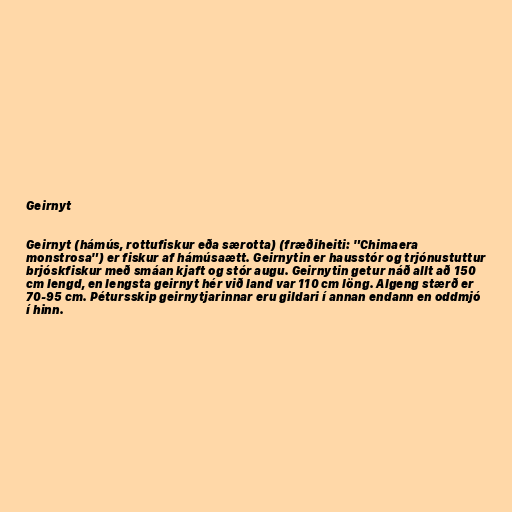
Geirnyt

Geirnyt (hámús, rottufiskur eða særotta) (fræðiheiti: "Chimaera
monstrosa") er fiskur af hámúsaætt. Geirnytin er hausstór og trjónustuttur
brjóskfiskur með smáan kjaft og stór augu. Geirnytin getur náð allt að 150
cm lengd, en lengsta geirnyt hér við land var 110 cm löng. Algeng stærð er
70-95 cm. Pétursskip geirnytjarinnar eru gildari í annan endann en oddmjó
í hinn.